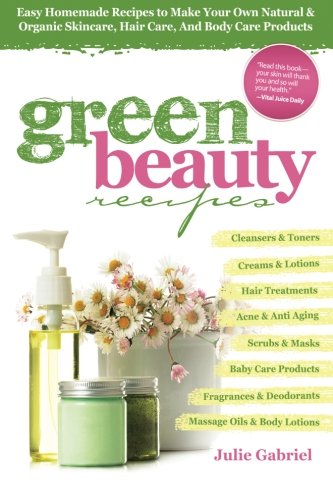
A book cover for Green Beauty Recipes: Easy Homemade Recipes to Make Your Own Natural and Organic Skincare, Hair Care, and Body Care Products; Julie Gabriel; Crafts, Hobbies & Home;